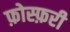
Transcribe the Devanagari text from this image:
फ़ोस्फ़री